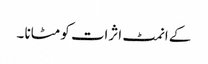
کے انمٹ اثرات کو مٹانا ۔